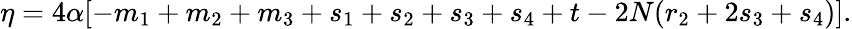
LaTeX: \eta=4\alpha[-m_{1}+m_{2}+m_{3}+s_{1}+s_{2}+s_{3}+s_{4}+t-2N(r_{2}+2s_{3}+s_{4})].